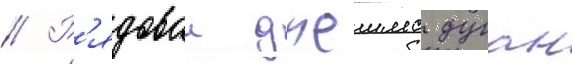
// Р'ядовои джеимс дуган